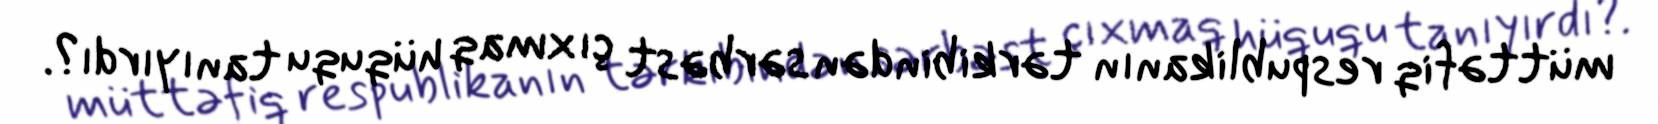
müttəfiq respublikanın tərkibindən sərbəst çıxmaq hüququ tanıyırdı?.